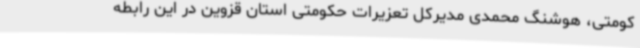
کومتی، هوشنگ محمدی مدیرکل تعزیرات حکومتی استان قزوین در این رابطه